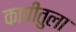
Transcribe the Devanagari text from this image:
कापीतुला